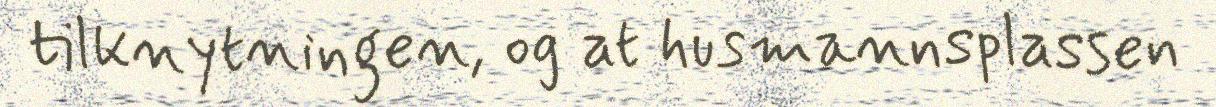
tilknytningen, og at husmannsplassen